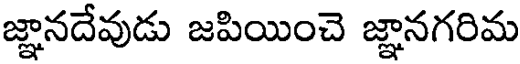
జ్ఞానదేవుడు జపియించె జ్ఞానగరిమ